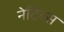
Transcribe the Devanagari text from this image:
नेटिव्स